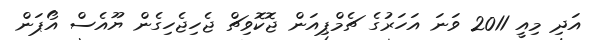
އަދި މިއީ 2011 ވަނަ އަހަރުގެ ޗެމްޕިއަން ޖޮކޮވިޗް ޖެހިޖެހިގެން ޔޫއެސް އޯޕަން